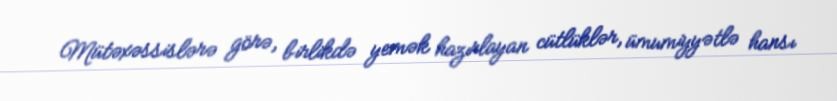
Mütəxəssislərə görə, birlikdə yemək hazırlayan cütlüklər, ümumiyyətlə hansı